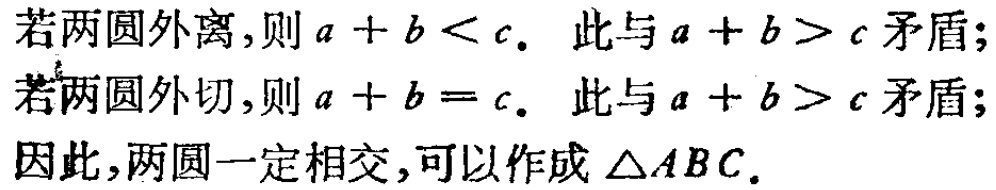
若两圆外离，则\(a + b < c\). 此与\(a + b > c\)矛盾；

若两圆外切，则\(a + b = c\). 此与\(a + b > c\)矛盾；

因此，两圆一定相交，可以作成\(\triangle ABC\).